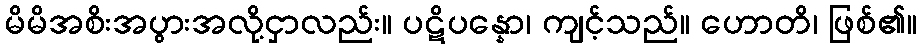
မိမိအစိးအပွားအလို့ငှာလည်း။ ပဋိပန္နော၊ ကျင့်သည်။ ဟောတိ၊ ဖြစ်၏။